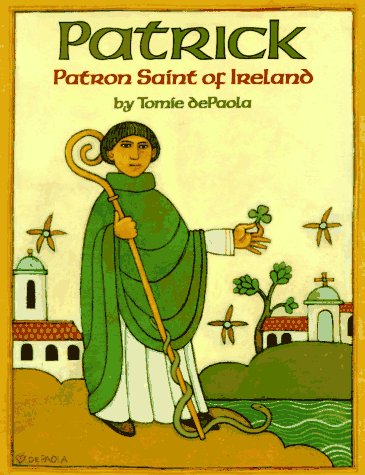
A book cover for Patrick: Patron Saint of Ireland; Tomie dePaola; Christian Books & Bibles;